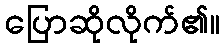
ပြောဆိုလိုက်၏။